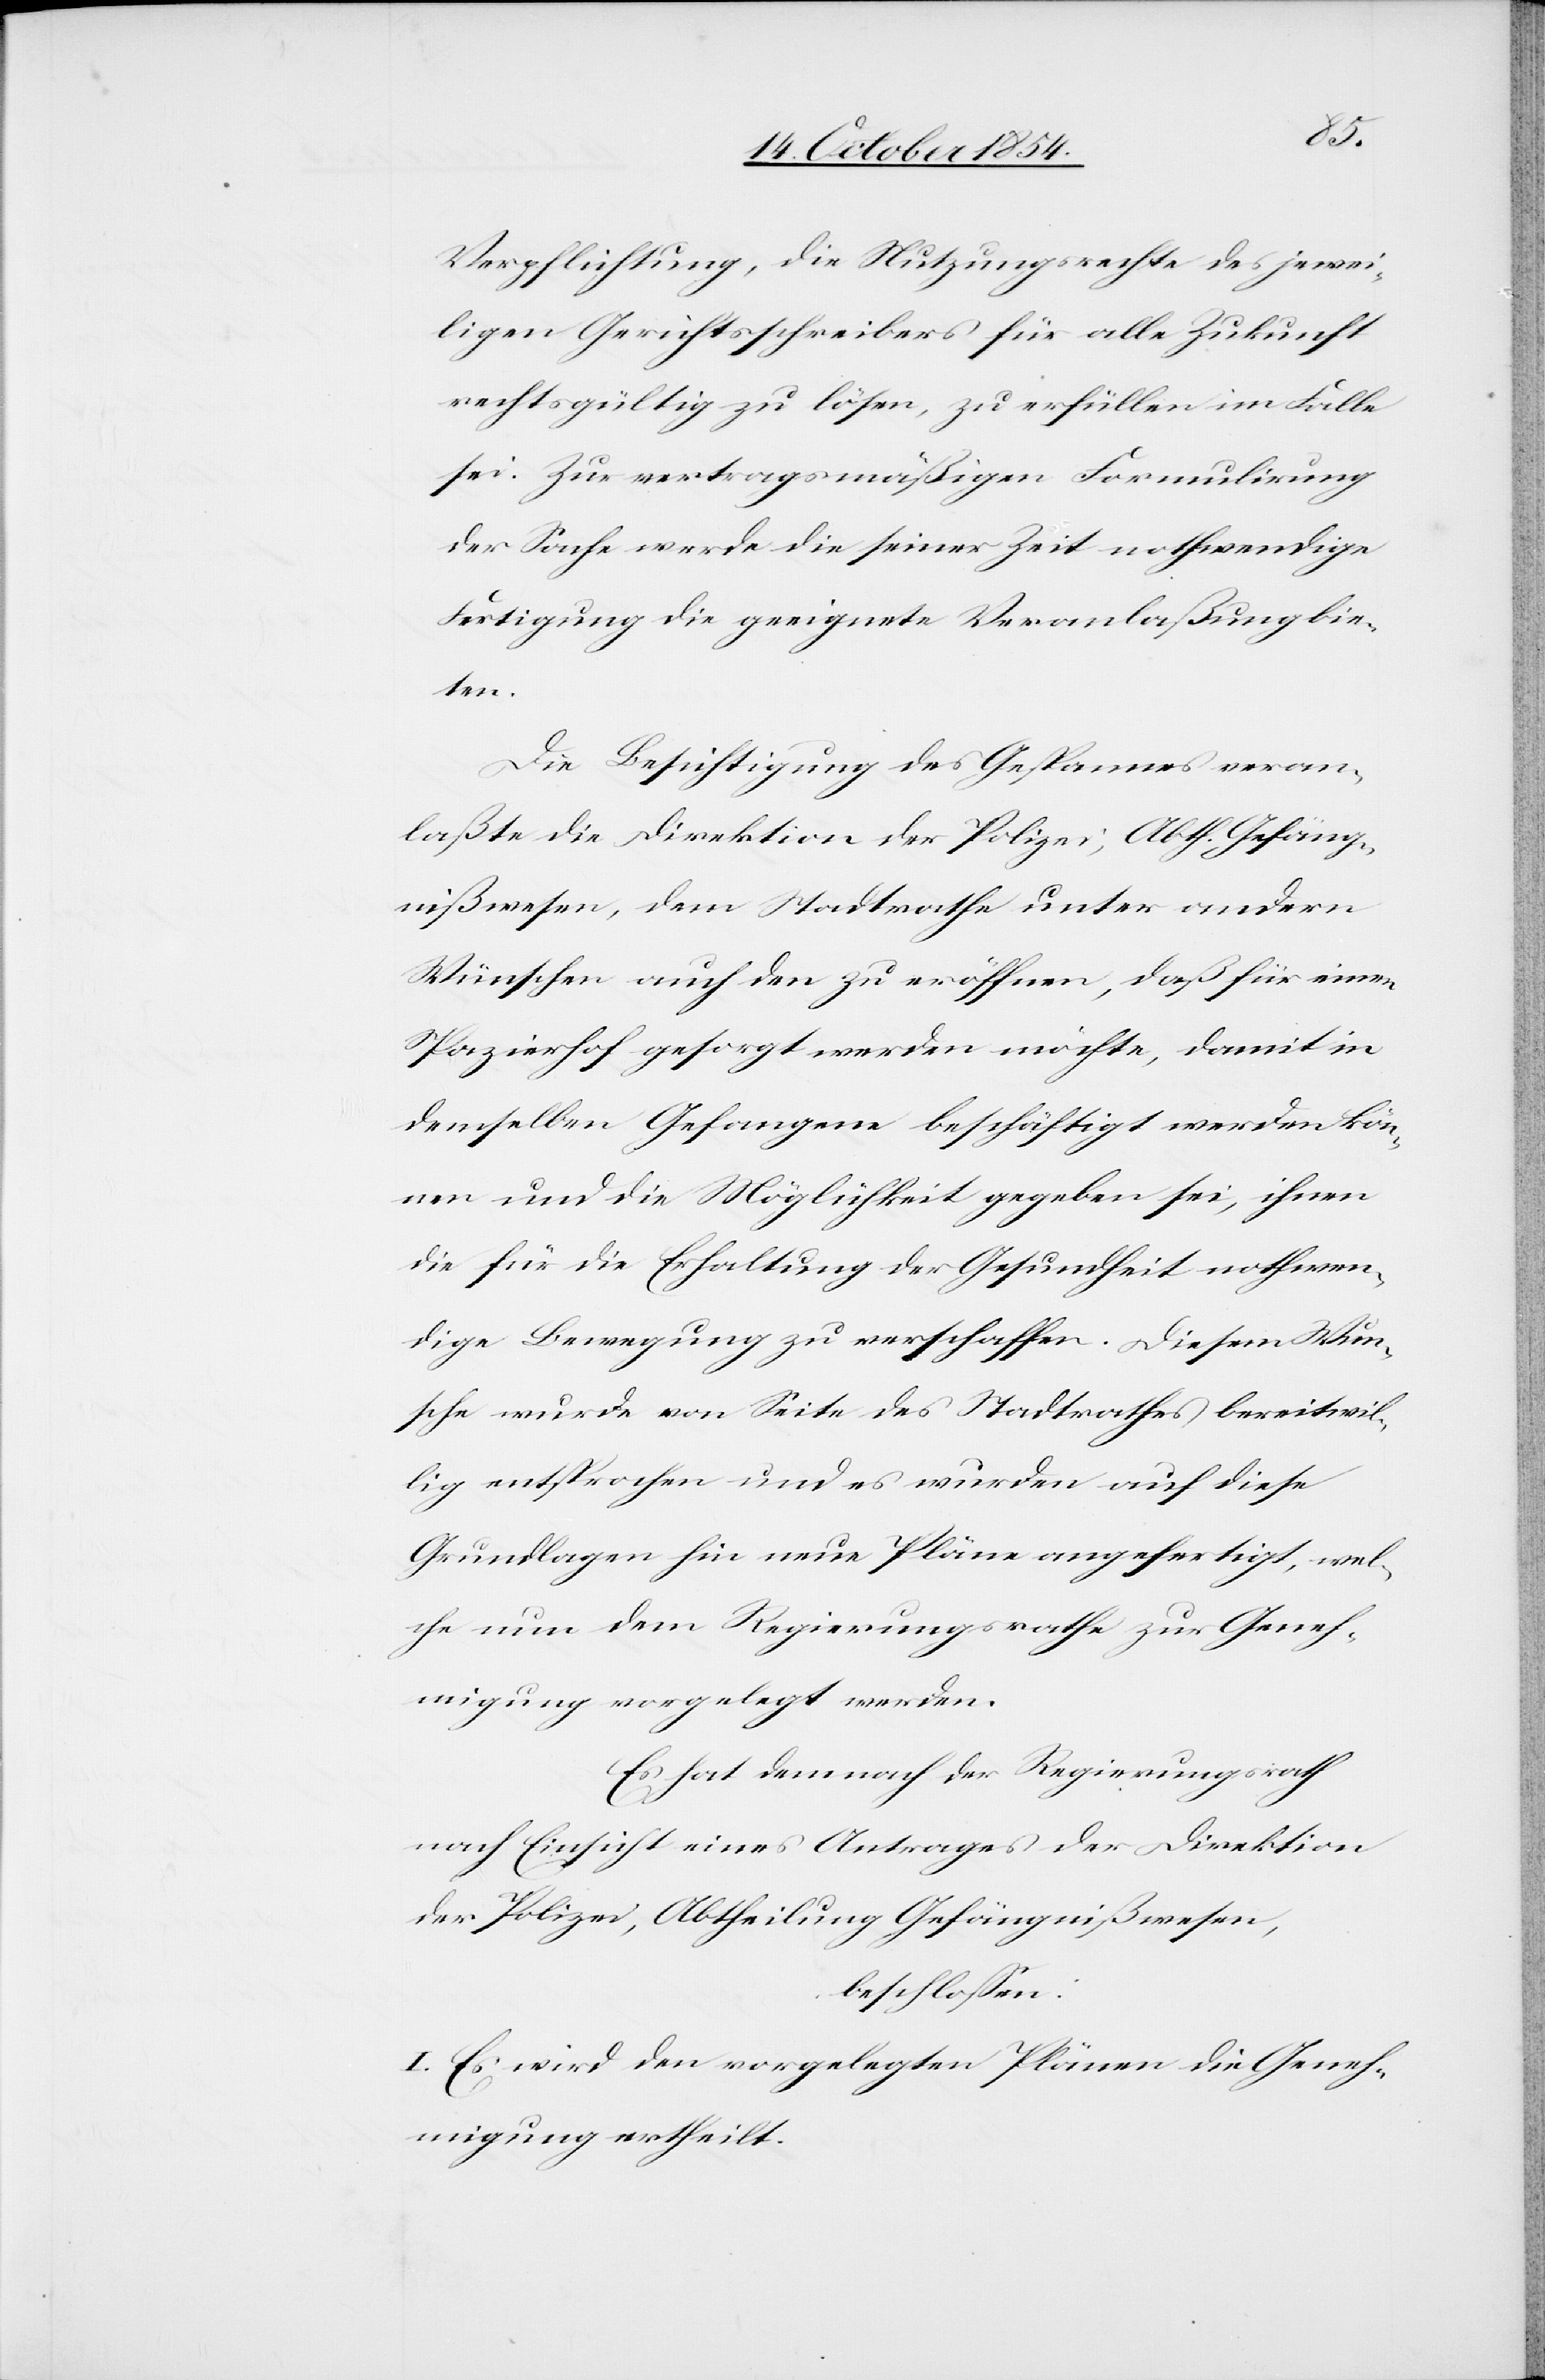
Verpflichtung, die Nutzungsrechte des jewei¬
ligen Gerichtsschreibers für alle Zukunft
rechtsgültig zu lösen, zu erfüllen im Falle
sei. Zur vertragsmäßigen Formulirung
der Sache werde die seiner Zeit nothwendige
Fertigung die geeignete Veranlaßung bie¬
ten.
Die Besichtigung des Gespannes veran¬
laßte die Direktion der Polizei, Abth Gefäng¬
nißwesen, dem Stadtrathe unter andern
Wünschen auch den zu eröffnen, daß für einen
Spazierhof gesorgt werden möchte, damit in
demselben Gefangene beschäftigt werden kön¬
nen und die Möglichkeit gegeben sei, ihnen
die für die Erhaltung der Gesundheit nothwen¬
dige Bewegung zu verschaffen. Diesem Wun¬
sche wurde von Seite des Stadtrathes bereitwil¬
lig entsprochen und es wurden auf diese
Grundlagen hin neue Pläne angefertigt, wel¬
che nun dem Regierungsrathe zur Geneh¬
migung vorgelegt werden.
Es hat demnach der Regierungsrath
nach Einsicht eines Antrages der Direktion
der Polizei, Abtheilung Gefängnißwesen,
beschloßen:
I. Es sei den vorgelegten Plänen die Geneh¬
migung ertheilt.